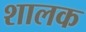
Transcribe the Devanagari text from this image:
शालक